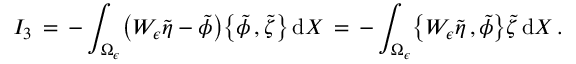
I _ { 3 } \, = \, - \int _ { \Omega _ { \epsilon } } \bigl ( W _ { \epsilon } \tilde { \eta } - \tilde { \phi } \bigr ) \bigl \{ \tilde { \phi } \, , \tilde { \zeta } \bigr \} \, \mathrm { d } X \, = \, - \int _ { \Omega _ { \epsilon } } \bigl \{ W _ { \epsilon } \tilde { \eta } \, , \tilde { \phi } \bigr \} \tilde { \zeta } \, \mathrm { d } X \, .